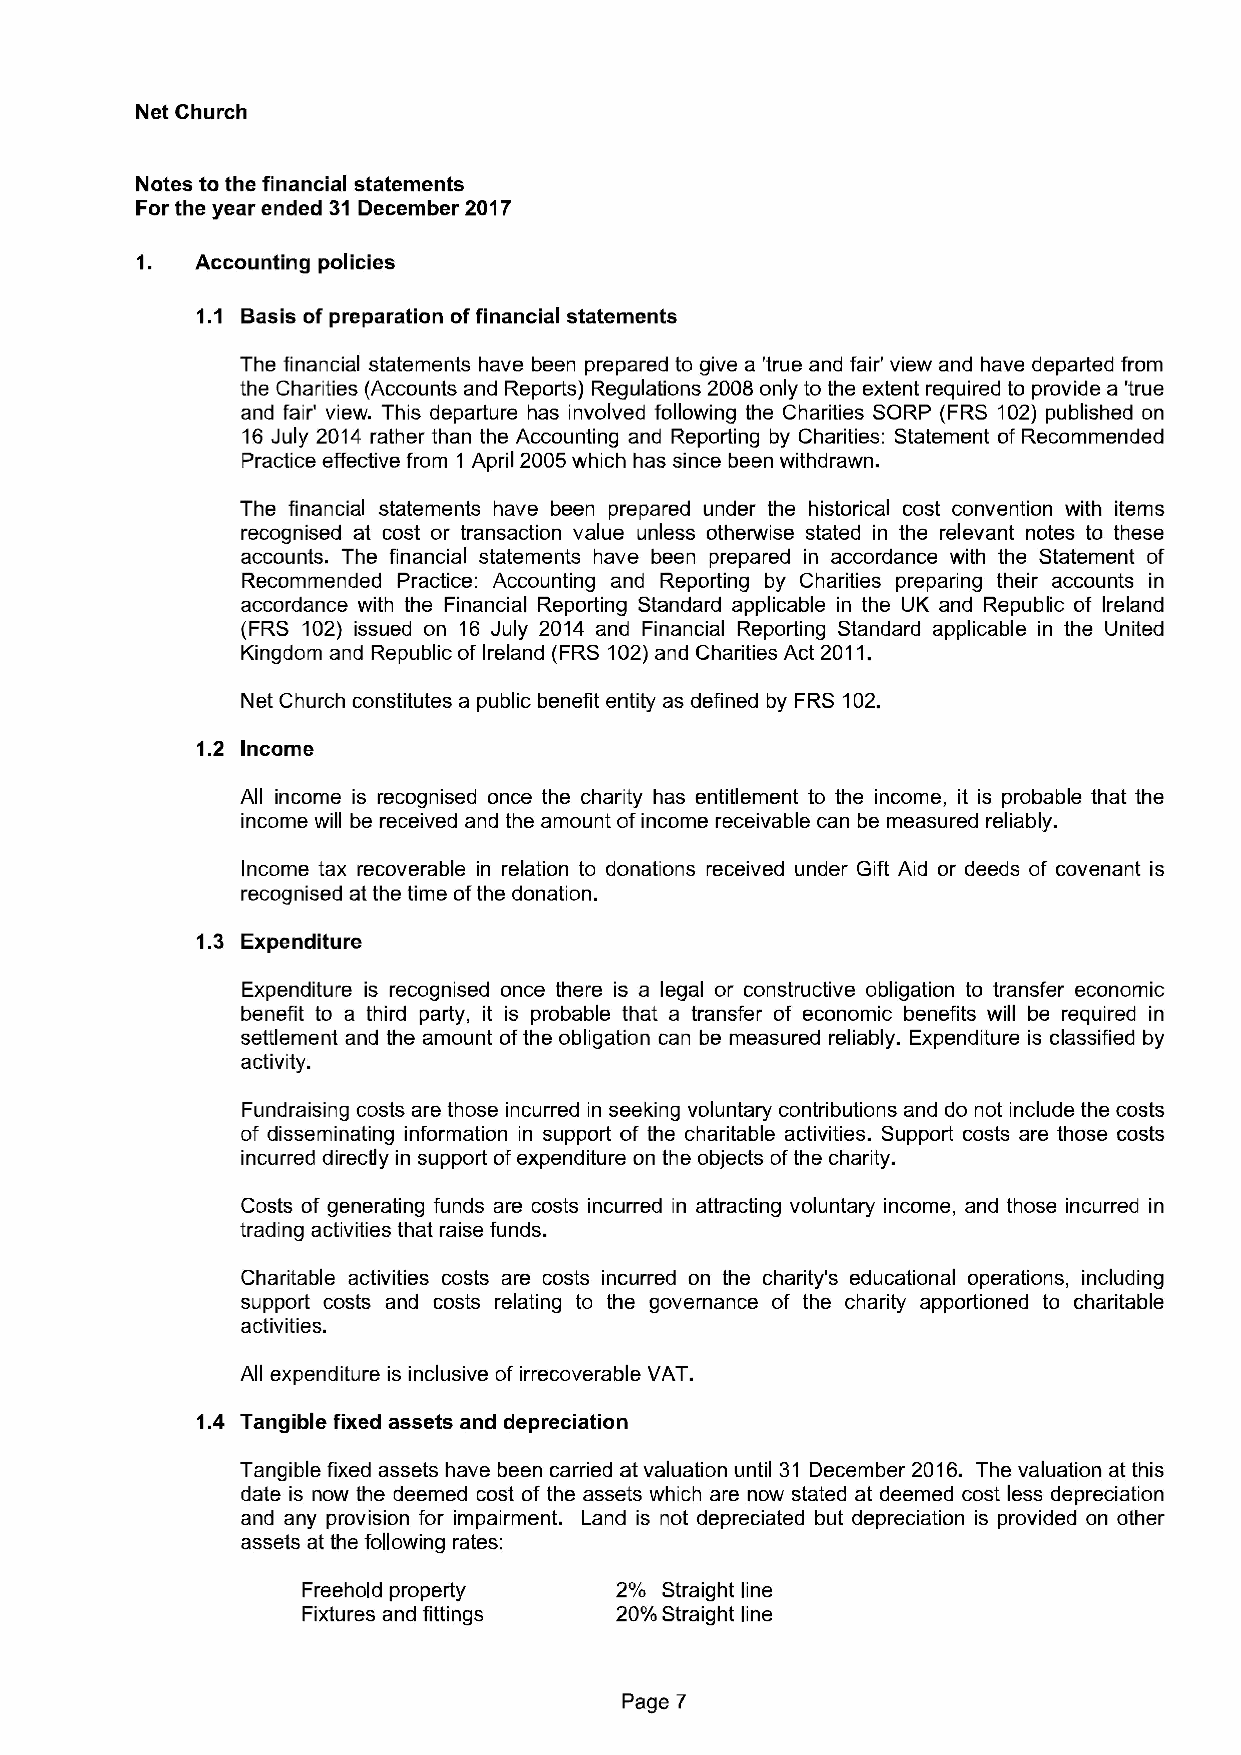
Net Church
 Notes to the financial statements
 For the year ended 31 December 2017
 Accounting policies
 Basis of preparation offinancial statements
 The financial statements have been prepared to give a 'true and fair' view and have departed from
 the Charities (Accounts and Reports) Regulations 2008 only to the extent required to provide a 'true
 and fair' view. This departure has involved following the Charities SORP (FRS 102) published on
 16July 2014 rather than the Accounting and Reporting by Charities: Statement of Recommended
 Practice effective from 1 April 2005which has since been withdrawn.
 The financial statements have been prepared under the historical cost convention with items
 recognised at cost or transaction value unless otherwise stated in the relevant notes to these
 accounts. The financial statements have been prepared in accordance with the Statement of
 Recommended Practice: Accounting and Reporting by Charities preparing their accounts in
 accordance with the Financial Reporting Standard applicable in the UK and Republic of Ireland
 (FRS 102) issued on 16 July 2014 and Financial Reporting Standard applicable in the United
 Kingdom and Republic of Ireland (FRS 102)and Charities Act 2011.
 Net Church constitutes a public benefit entity as defined by FRS 102.
 1.2 Income
 All income is recognised once the charity has entitlement to the income, it is probable that the
 income will be received and the amount ofincome receivable can be measured reliably.
 Income tax recoverable in relation to donations received under Gift Aid or deeds of covenant is
 recognised at the time ofthe donation.
 1.3 Expenditure
 Expenditure is recognised once there is a legal or constructive obligation to transfer economic
 benefit to a third party, it is probable that a transfer of economic benefits will be required in
 settlement and the amount ofthe obligation can be measured reliably. Expenditure is classified by
 activity.
 Fundraising costs are those incurred in seeking voluntary contributions and do not include the costs
 of disseminating information in support of the charitable activities. Support costs are those costs
 incurred directly in support ofexpenditure on the objects ofthe charity.
 Costs of generating funds are costs incurred in attracting voluntary income, and those incurred in
 trading activities that raise funds.
 Charitable activities costs are costs incurred on the charity's educational operations, including
 support costs and costs relating to the governance of the charity apportioned to charitable
 activities.
 All expenditure is inclusive of irrecoverable VAT.
 1.4 Tangible fixed assets and depreciation
 Tangible fixed assets have been carried at valuation until 31 December 2016. The valuation at this
 date is now the deemed cost of the assets which are now stated at deemed cost less depreciation
 and any provision for impairment. Land is not depreciated but depreciation is provided on other
 assets at the following rates:
 Freehold property    2% Straight line
 Fixtures and fittings 20%Straight line
 Page 7